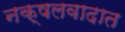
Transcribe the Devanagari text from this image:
नक्षलवादात